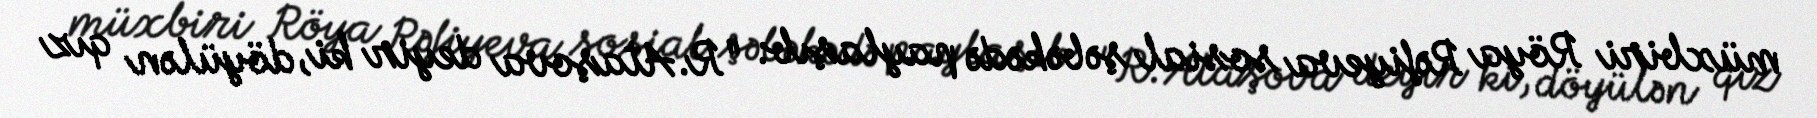
müxbiri Röya Rəfiyeva sosial şəbəkədə paylaşıb: "R.Ataşova deyir ki, döyülən qız